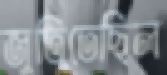
জুতিতেছিল